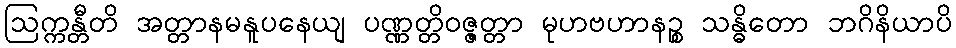
ဩက္ကန္တီတိ အတ္တာနမနူပနေယျ ပဏ္ဏတ္တိဝဇ္ဇတ္တာ မုဟဗဟာနဉ္စ သန္ဓိတော ဘဂိနိယာပိ